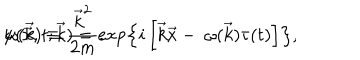
LaTeX: \psi ( \vec { x } , t ; \vec { k } ) = \exp \left\{ i \left[ \vec { k } \vec { x } - \ \omega ( \vec { k } ) \tau ( t ) \right] \right\} , \hspace { 1 c m } \omega ( \vec { k } ) \equiv \frac { { \vec { k } } ^ { 2 } } { 2 m } .